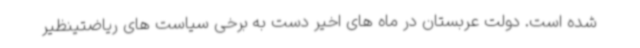
شده است. دولت عربستان در ماه های اخیر دست به برخی سیاست های ریاضتینظیر